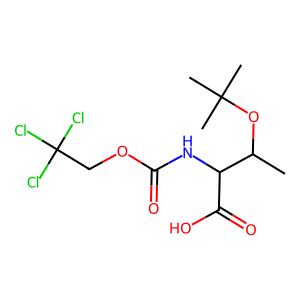
SMILES: CC(OC(C)(C)C)C(NC(=O)OCC(Cl)(Cl)Cl)C(=O)O
Inhibits HIV replication: No